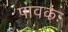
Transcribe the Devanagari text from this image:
पावकः